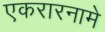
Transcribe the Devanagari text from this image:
एकरारनामे